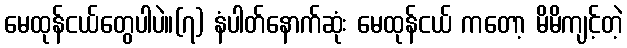
မေထုန်ငယ်တွေပါပဲ။(၇) နံပါတ်နောက်ဆုံး မေထုန်ငယ် ကတော့ မိမိကျင့်တဲ့